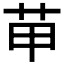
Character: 𦭖